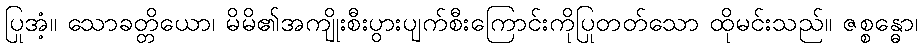
ပြုအံ့။ သောခတ္တိယော၊ မိမိ၏အကျိုးစီးပွားပျက်စီးကြောင်းကိုပြုတတ်သော ထိုမင်းသည်။ ဇစ္စန္ဓော၊